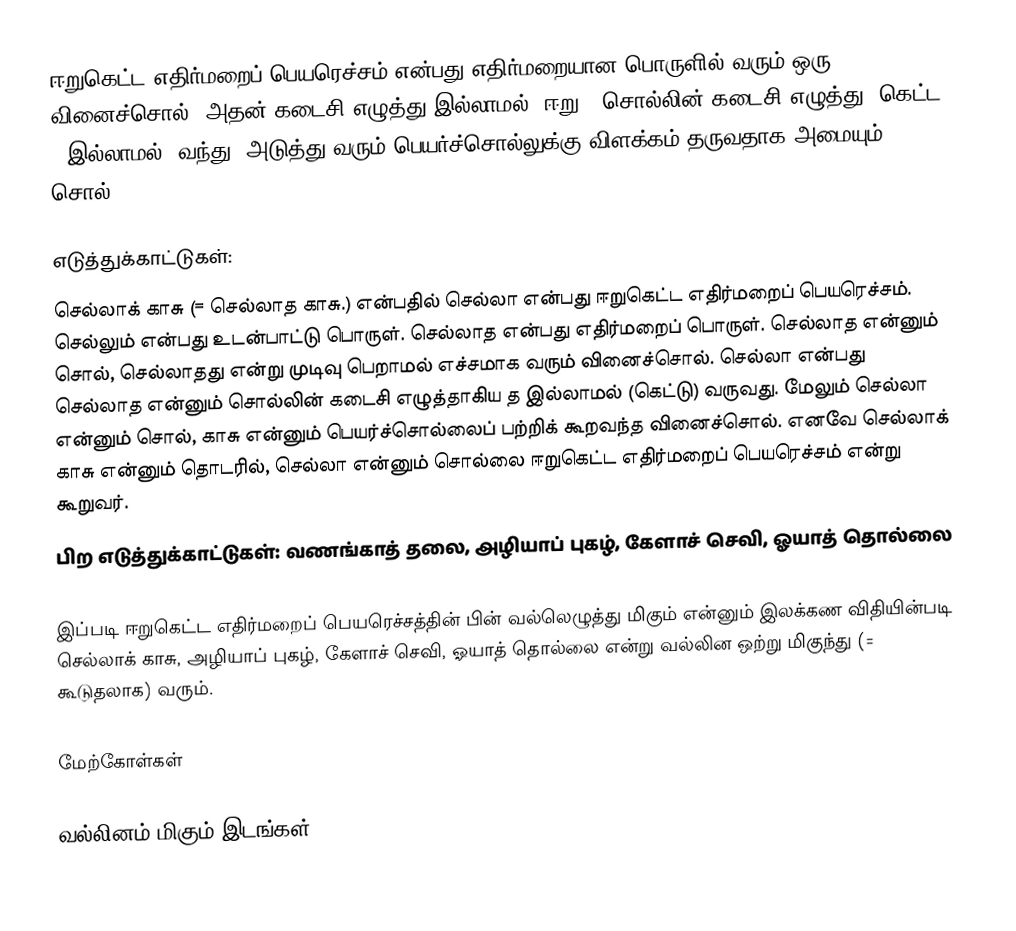
ஈறுகெட்ட எதிர்மறைப் பெயரெச்சம் என்பது  எதிர்மறையான பொருளில் வரும் ஒரு வினைச்சொல், அதன் கடைசி எழுத்து இல்லாமல் (ஈறு = சொல்லின் கடைசி எழுத்து; கெட்ட = இல்லாமல்) வந்து, அடுத்து வரும் பெயர்ச்சொல்லுக்கு விளக்கம் தருவதாக அமையும் சொல்.

எடுத்துக்காட்டுகள்:
செல்லாக் காசு (= செல்லாத காசு.) என்பதில் செல்லா என்பது ஈறுகெட்ட எதிர்மறைப் பெயரெச்சம். செல்லும் என்பது உடன்பாட்டு பொருள். செல்லாத என்பது எதிர்மறைப் பொருள். செல்லாத என்னும் சொல், செல்லாதது என்று முடிவு பெறாமல் எச்சமாக வரும் வினைச்சொல். செல்லா என்பது செல்லாத என்னும் சொல்லின் கடைசி  எழுத்தாகிய த இல்லாமல் (கெட்டு) வருவது. மேலும் செல்லா என்னும் சொல், காசு என்னும் பெயர்ச்சொல்லைப் பற்றிக் கூறவந்த வினைச்சொல். எனவே செல்லாக் காசு என்னும் தொடரில், செல்லா என்னும் சொல்லை ஈறுகெட்ட எதிர்மறைப் பெயரெச்சம் என்று கூறுவர்.
பிற எடுத்துக்காட்டுகள்: வணங்காத் தலை, அழியாப் புகழ், கேளாச் செவி, ஓயாத் தொல்லை

இப்படி ஈறுகெட்ட எதிர்மறைப் பெயரெச்சத்தின் பின் வல்லெழுத்து மிகும் என்னும் இலக்கண விதியின்படி செல்லாக் காசு, அழியாப் புகழ், கேளாச் செவி, ஓயாத் தொல்லை என்று வல்லின ஒற்று மிகுந்து (= கூடுதலாக) வரும்.

மேற்கோள்கள்

வல்லினம் மிகும் இடங்கள்